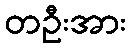
တဦးအား